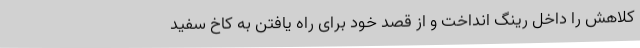
کلاهش را داخل رینگ انداخت و از قصد خود برای راه یافتن به کاخ سفید